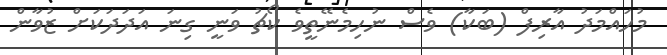
މުހައްމަދު އާރިފް (ބަކާ) ވެސް ނުހިމެނޭތީވެ ކޯޗު ވަނީ ގިނަ އަދަދަކަށް ޒުވާން